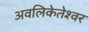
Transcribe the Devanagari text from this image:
अवलिकेतेश्‍वर